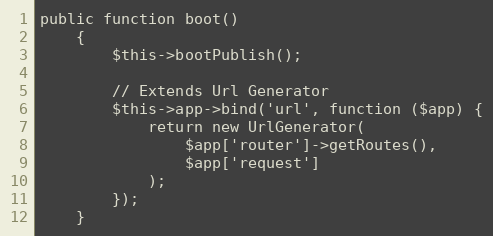
Language: PHP
public function boot()
    {
        $this->bootPublish();

        // Extends Url Generator
        $this->app->bind('url', function ($app) {
            return new UrlGenerator(
                $app['router']->getRoutes(),
                $app['request']
            );
        });
    }